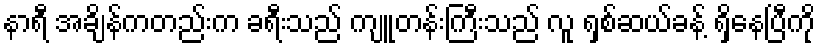
နာရီ အချိန်ကတည်းက ခရီးသည် ကျူတန်းကြီးသည် လူ ရှစ်ဆယ်ခန့် ရှိနေပြီကို